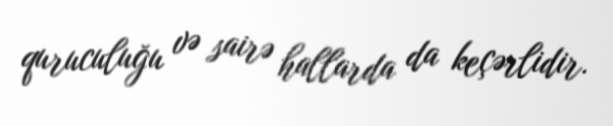
quruculuğu və sairə hallarda da keçərlidir.